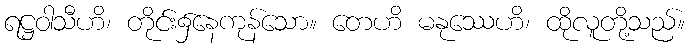
ရဋ္ဌဝါသီဟိ၊ တိုင်း၌နေကုန်သော။ တေဟိ မနုဿေဟိ၊ ထိုလူတို့သည်။